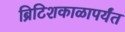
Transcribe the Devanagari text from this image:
ब्रिटिशकाळापर्यंत